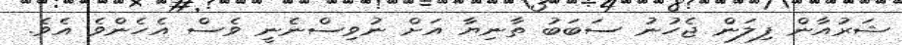
ޝަރުއާން ފިލަން ޖެހުނު ސަބަބު ތާނިޔާ އަށް ނުވިސްނެނީ ވެސް އެހެންވެ އެވެ.